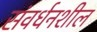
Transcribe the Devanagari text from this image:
संवर्धनशील